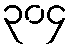
၃၀၄